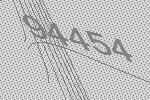
94454